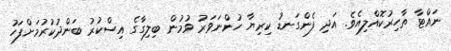
ނައްޓާ ތާހިރުކޮއްލިއެވެ. އަދި ފެންގަނޑު ކިރިޔާ ހުންނަވަރު ވުމުން ބިލިގާގެ އިސްކުރު ބަންދުކުރުމަށްފަހު